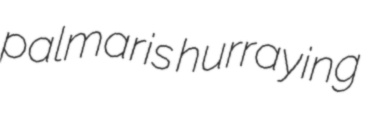
palmaris hurraying